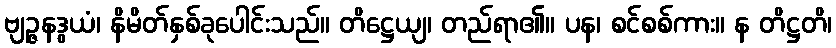
ဗျဉ္ဇနဒွယံ၊ နိမိတ်နှစ်ခုပေါင်းသည်။ တိဋ္ဌေယျ၊ တည်ရာ၏။ ပန၊ စင်စစ်ကား။ န တိဋ္ဌတိ၊